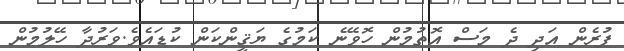
ފުރެން އަދި ދެ މަސް އޮތުމުން ހޮވޭނެ ކަމުގެ ޔަޤީންކަން ކުޑައެވެ.ވަރުދާ ހޭލުމުން